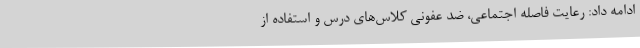
ادامه داد: رعایت فاصله اجتماعی، ضد عفونی کلاس‌های درس و استفاده از